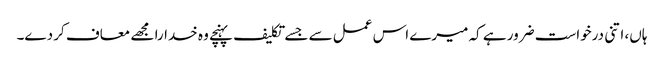
ہاں، اتنی درخواست ضرور ہے کہ میرے اس عمل سے جسے تکلیف پہنچے وہ خدارا مجھے معاف کر دے۔